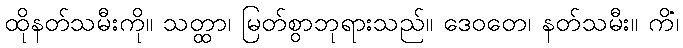
ထိုနတ်သမီးကို။ သတ္ထာ၊ မြတ်စွာဘုရားသည်။ ဒေဝတေ၊ နတ်သမီး။ ကိံ၊